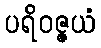
ပရိဝဇ္ဇယံ